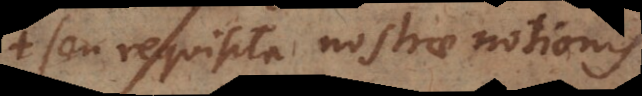
seu requisita nostrae notionis,